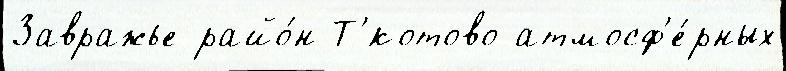
Завражье райо́н Т'́котово атмосф'е́рных